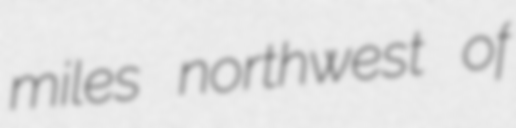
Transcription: miles northwest of